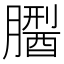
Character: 𦡅